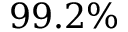
9 9 . 2 \%